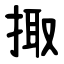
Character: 掫